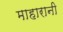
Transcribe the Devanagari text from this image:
माहारानी